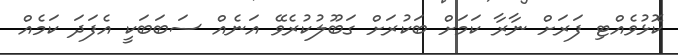
ކޮޅުވެއްޓި ފަރަށް ނާރާ ކަމަށް ބަކުރަށް ގަބޫލުކުރެވޭ އަނެއް ސަބަބަކީ އެފަދަ ކަމެއް